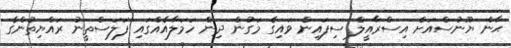
ޙާން ޔޫނުސްއަށް އިސްރާއީލް ސިފައިން ވައިގެ މަގުން ދިން ހަމަލާއެއްގައި ފަލަސްތީނު ރައްޔިތުންގެ